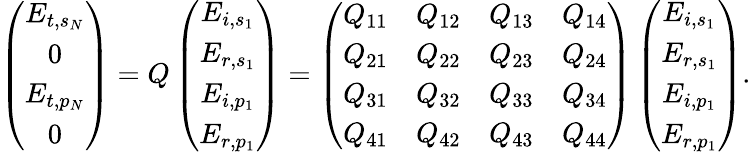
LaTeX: \left(\begin{array}{c}{E_{t,s_{N}}}\\ {0}\\ {E_{t,p_{N}}}\\ {0}\end{array}\right)=Q\left(\begin{array}{c}{E_{i,s_{1}}}\\ {E_{r,s_{1}}}\\ {E_{i,p_{1}}}\\ {E_{r,p_{1}}}\end{array}\right)=\left(\begin{array}{cccc}{Q_{11}}&{Q_{12}}&{Q_{13}}&{Q_{14}}\\ {Q_{21}}&{Q_{22}}&{Q_{23}}&{Q_{24}}\\ {Q_{31}}&{Q_{32}}&{Q_{33}}&{Q_{34}}\\ {Q_{41}}&{Q_{42}}&{Q_{43}}&{Q_{44}}\end{array}\right)\left(\begin{array}{c}{E_{i,s_{1}}}\\ {E_{r,s_{1}}}\\ {E_{i,p_{1}}}\\ {E_{r,p_{1}}}\end{array}\right).